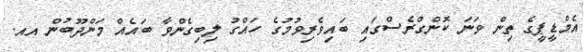
އެމްޑީޕީގެ ތިން ވަނަ ކޮންގްރެސްގައި ބައިވެރިވުމުގެ ހައްގު ލިބިގެންވާ ބައެއް މަންދޫބުން އއ.